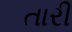
તારી